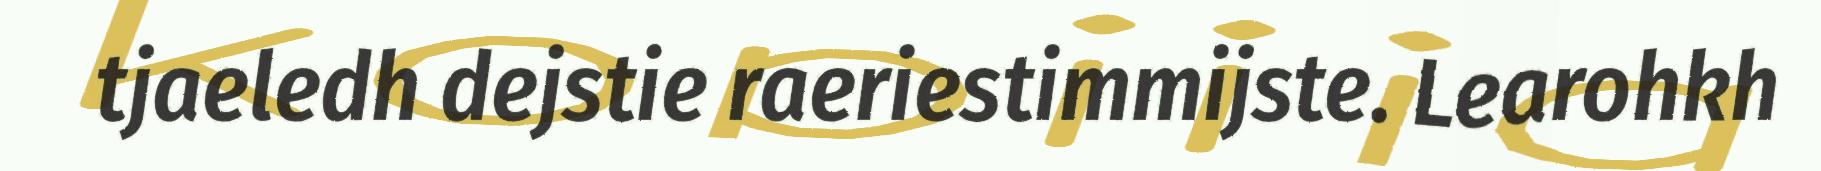
tjaeledh dejstie raeriestimmijste. Learohkh